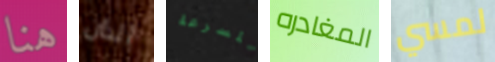
هنا الذان للسرعة المغادره لمسي